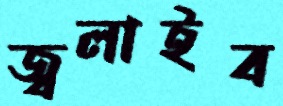
জ্বলাইব